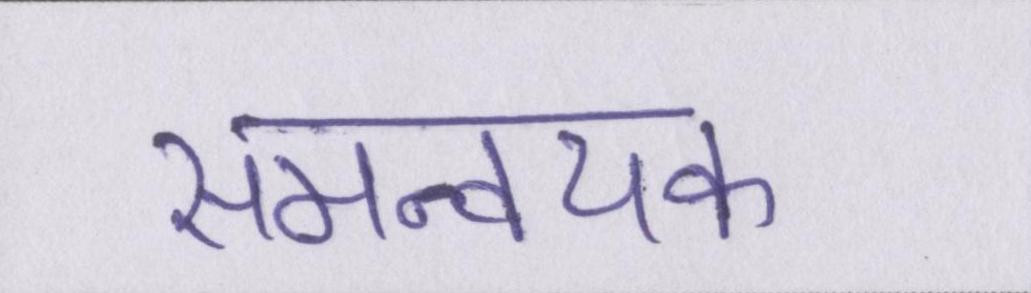
समन्वयक